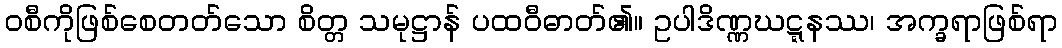
ဝစီကိုဖြစ်စေတတ်သော စိတ္တ သမုဋ္ဌာန် ပထဝီဓာတ်၏။ ဥပါဒိဏ္ဏဃဋ္ဋနဿ၊ အက္ခရာဖြစ်ရာ